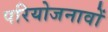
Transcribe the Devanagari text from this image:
परियोजनावों